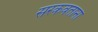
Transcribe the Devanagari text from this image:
सरकवताना